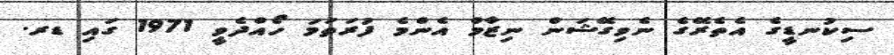
ސިކުނޑީގެ އެތެރޭގެ ނެވިގޭޝަން ނިޒާމް އެންމެ ފުރަތަމަ ހޯއްދެވީ 1971 ގައި ޑރ.